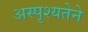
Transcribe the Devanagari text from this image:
अस्पृश्यतेने